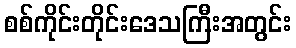
စစ်ကိုင်းတိုင်းဒေသကြီးအတွင်း